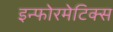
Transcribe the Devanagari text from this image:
इन्फोरमेटिक्स